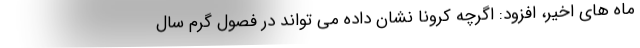
ماه های اخیر، افزود: اگرچه کرونا نشان داده می تواند در فصول گرم سال